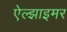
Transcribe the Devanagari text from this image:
ऐल्झाइमर